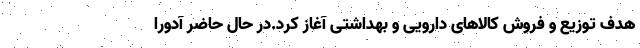
هدف توزیع و فروش کالاهای دارویی و بهداشتی آغاز کرد.در حال حاضر آدورا